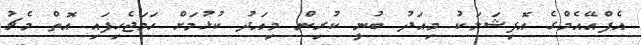
އެފްއޭއެމްގެ އޮފިޝަލަކު މިއަދު ބުނީ ކުރިން މިއަދު ކުޅުމަށް ހަމަޖެހިފައި އޮތް މެޗު